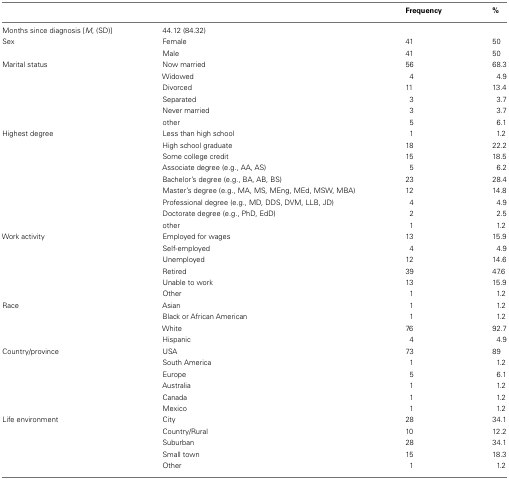
| <COLSPAN=2>  | Frequency | % |
 | --- | --- | --- | --- |
 | Months since diagnosis [M, (SD)] | 44.12 (84.32) |  |  |
 | Sex | Female | 41 | 50 |
 |  | Male | 41 | 50 |
 | Marital status | Now married | 56 | 68.3 |
 |  | Widowed | 4 | 4.9 |
 |  | Divorced | 11 | 13.4 |
 |  | Separated | 3 | 3.7 |
 |  | Never married | 3 | 3.7 |
 |  | other | 5 | 6.1 |
 | Highest degree | Less than high school | 1 | 1.2 |
 |  | High school graduate | 18 | 22.2 |
 |  | Some college credit | 15 | 18.5 |
 |  | Associate degree (e.g., AA, AS) | 5 | 6.2 |
 |  | Bachelor’s degree (e.g., BA, AB, BS) | 23 | 28.4 |
 |  | Master’s degree (e.g., MA, MS, MEng, MEd, MSW, MBA) | 12 | 14.8 |
 |  | Professional degree (e.g., MD, DDS, DVM, LLB, JD) | 4 | 4.9 |
 |  | Doctorate degree (e.g., PhD, EdD) | 2 | 2.5 |
 |  | other | 1 | 1.2 |
 | Work activity | Employed for wages | 13 | 15.9 |
 |  | Self-employed | 4 | 4.9 |
 |  | Unemployed | 12 | 14.6 |
 |  | Retired | 39 | 47.6 |
 |  | Unable to work | 13 | 15.9 |
 |  | Other | 1 | 1.2 |
 | Race | Asian | 1 | 1.2 |
 |  | Black or African American | 1 | 1.2 |
 |  | White | 76 | 92.7 |
 |  | Hispanic | 4 | 4.9 |
 | Country/province | USA | 73 | 89 |
 |  | South America | 1 | 1.2 |
 |  | Europe | 5 | 6.1 |
 |  | Australia | 1 | 1.2 |
 |  | Canada | 1 | 1.2 |
 |  | Mexico | 1 | 1.2 |
 | Life environment | City | 28 | 34.1 |
 |  | Country/Rural | 10 | 12.2 |
 |  | Suburban | 28 | 34.1 |
 |  | Small town | 15 | 18.3 |
 |  | Other | 1 | 1.2 |